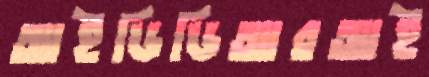
আইডিডিআরআই